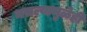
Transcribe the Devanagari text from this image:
नसल्यामुळेही